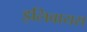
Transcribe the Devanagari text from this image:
इलिवायस